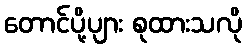
တောင်ပို့ပျား စုထားသလို